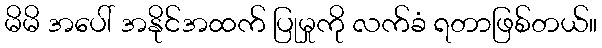
မိမိ အပေါ် အနိုင်အထက် ပြုမှုကို လက်ခံ ရတာဖြစ်တယ်။